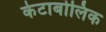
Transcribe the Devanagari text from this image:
केटाबोलिक